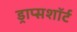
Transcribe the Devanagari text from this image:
ड्राप्सशॉर्ट